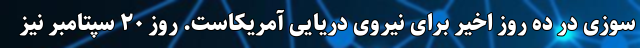
سوزی در ده روز اخیر برای نیروی دریایی آمریکاست. روز ۲۰ سپتامبر نیز